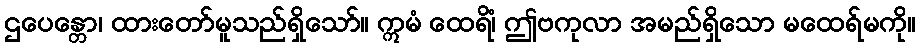
ဌပေန္တော၊ ထားတော်မူသည်ရှိသော်။ ဣမံ ထေရိံ၊ ဤဗကုလာ အမည်ရှိသော မထေရ်မကို။